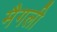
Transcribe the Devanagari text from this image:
मैगली